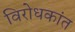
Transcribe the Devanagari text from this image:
विरोधकांत